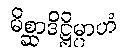
မိစ္ဆာဒိဋ္ဌိမ္ပာဟံ